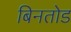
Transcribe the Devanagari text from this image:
बिनतोड